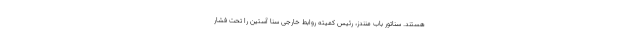
هستند. سناتور باب منندز، رئیس کمیته روابط خارجی سنا آستین را تحت فشار